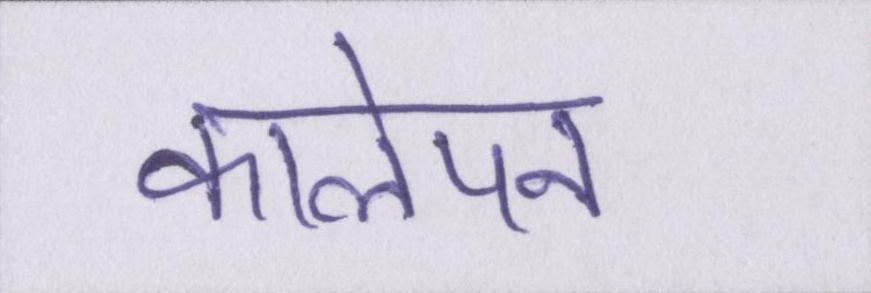
कालेपन